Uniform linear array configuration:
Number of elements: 16
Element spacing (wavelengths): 0.75
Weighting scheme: blackman
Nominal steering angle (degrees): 60
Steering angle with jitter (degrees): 59.194
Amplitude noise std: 0.05
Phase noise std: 0.05

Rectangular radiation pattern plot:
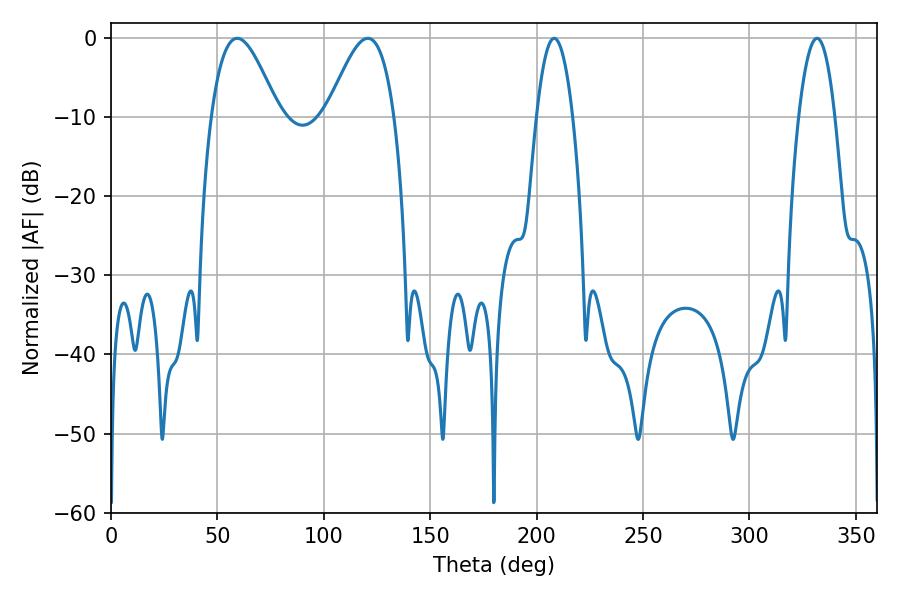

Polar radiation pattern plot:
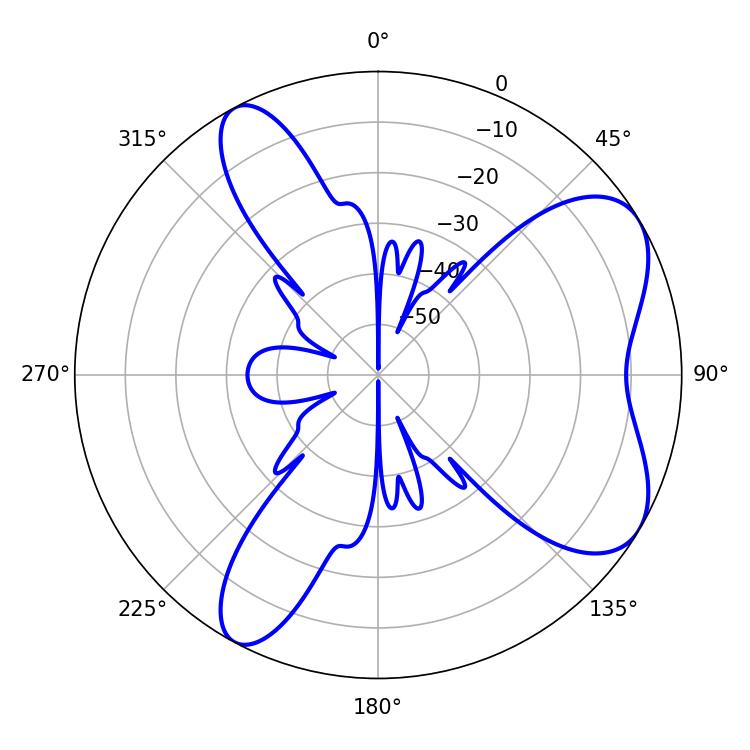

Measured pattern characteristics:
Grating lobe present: TRUE
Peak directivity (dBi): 6.739
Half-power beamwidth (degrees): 9.36
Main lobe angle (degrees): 208.26